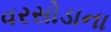
વરસોડાના